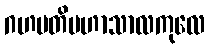
ဂဟပတိမဟာသာလကုလေ